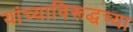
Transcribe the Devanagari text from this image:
यांच्याविरूद्धच्या